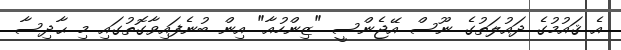
އެ ޤައުމުގެ ދައުލަތުގެ ނޫސް އޭޖެންސީ "ޒިންހުއާ" އިން ބުނެފައިވާގޮތުގައި މި ޙާދިސާ